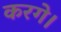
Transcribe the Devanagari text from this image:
करगे।